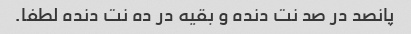
پانصد در صد نت دنده و بقیه در ده نت دنده لطفا.